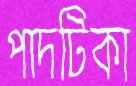
পাদটিকা